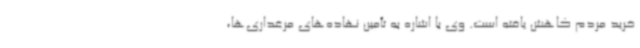
خرید مردم کاهش یافته است. وی با اشاره به تأمین نهاده‌های مرغداری‌ها،